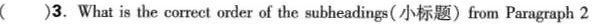
()3. What is the correct order of the subheadings(小标题)from Paragraph 2